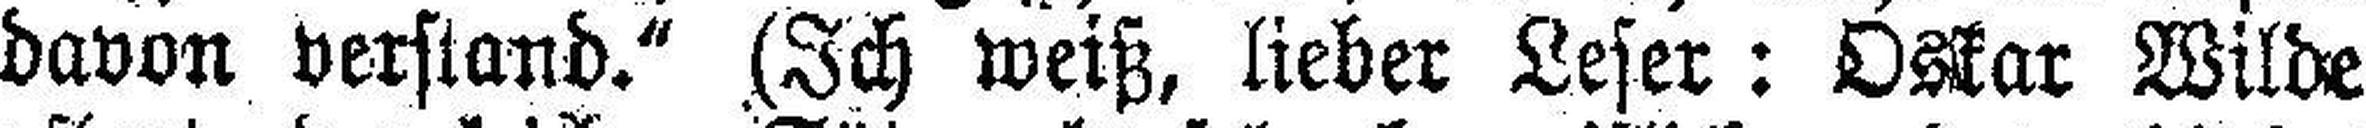
davon verstand.“ (Ich weiß, lieber Leser: Oskar Wilde